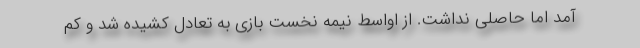
آمد اما حاصلی نداشت. از اواسط نیمه نخست بازی به تعادل کشیده شد و کم